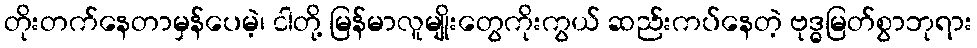
တိုးတက်နေတာမှန်ပေမဲ့၊ ငါတို့ မြန်မာလူမျိုးတွေကိုးကွယ် ဆည်းကပ်နေတဲ့ ဗုဒ္ဓမြတ်စွာဘုရား